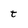
Character: t